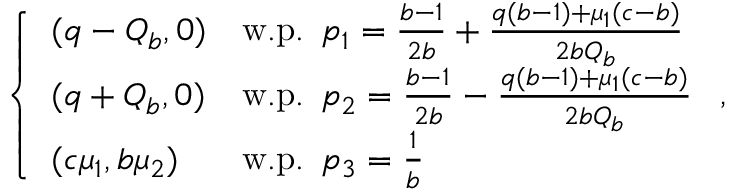
\left\{ \begin{array} { l l } { ( q - Q _ { b } , 0 ) } & { \mathrm { w . p . ~ } \, p _ { 1 } = \frac { b - 1 } { 2 b } + \frac { q ( b - 1 ) + \mu _ { 1 } ( c - b ) } { 2 b Q _ { b } } } \\ { ( q + Q _ { b } , 0 ) } & { \mathrm { w . p . ~ } \, p _ { 2 } = \frac { b - 1 } { 2 b } - \frac { q ( b - 1 ) + \mu _ { 1 } ( c - b ) } { 2 b Q _ { b } } } \\ { ( c \mu _ { 1 } , b \mu _ { 2 } ) } & { \mathrm { w . p . ~ } \, p _ { 3 } = \frac { 1 } { b } } \end{array} \right. ,